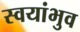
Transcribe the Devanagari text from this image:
स्वयांभुव